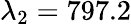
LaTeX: \lambda_{2}=797.2